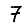
Digit: 7